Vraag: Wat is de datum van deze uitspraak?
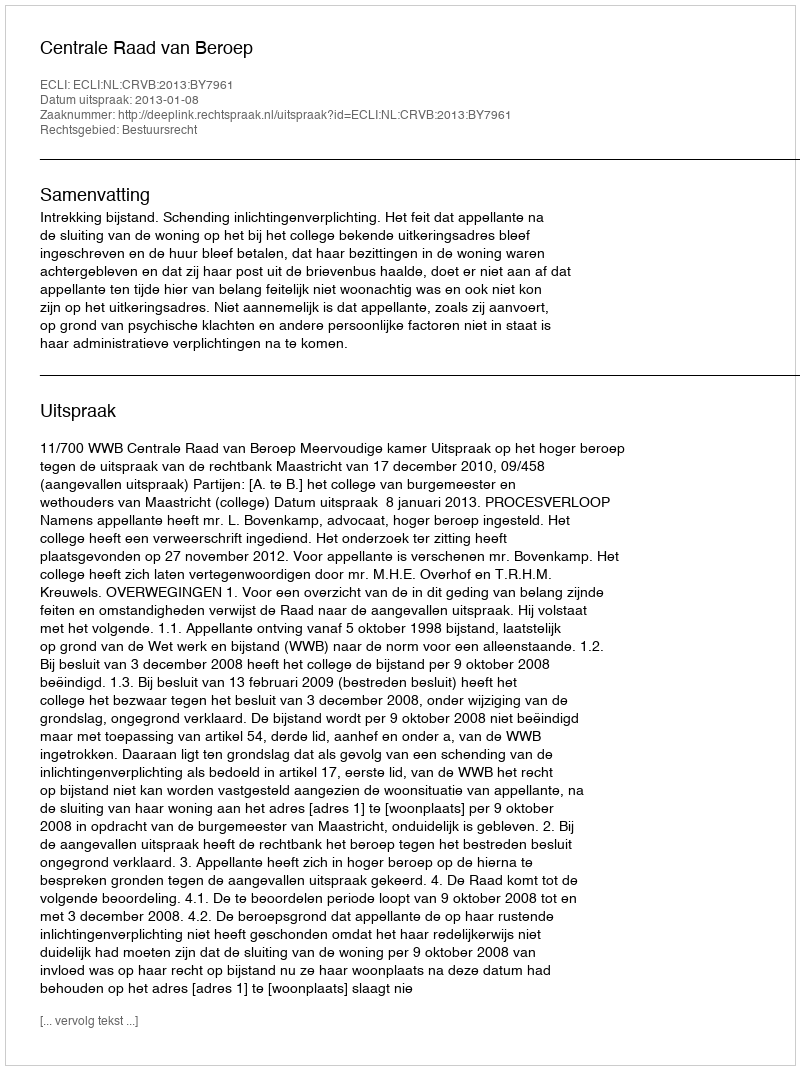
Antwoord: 2013-01-08